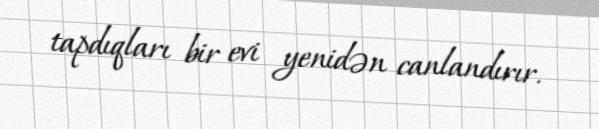
tapdıqları bir evi yenidən canlandırır.